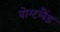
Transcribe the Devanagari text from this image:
वोग्टलैंड